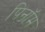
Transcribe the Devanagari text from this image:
पिनॉम